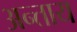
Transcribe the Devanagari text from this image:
अन्ताय